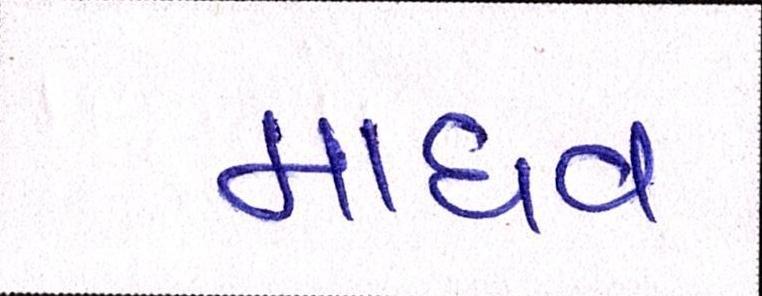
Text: માધવ